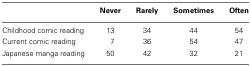
<table><thead><tr><td></td><td><b>Never</b></td><td><b>Rarely</b></td><td><b>Sometimes</b></td><td><b>Often</b></td></tr></thead><tbody><tr><td>Childhood comic reading</td><td>13</td><td>34</td><td>44</td><td>54</td></tr><tr><td>Current comic reading</td><td>7</td><td>36</td><td>54</td><td>47</td></tr><tr><td>Japanese manga reading</td><td>50</td><td>42</td><td>32</td><td>21</td></tr></tbody></table>